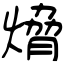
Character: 熁